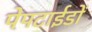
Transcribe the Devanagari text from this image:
पेपटाईडों